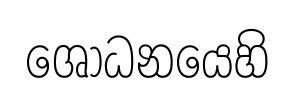
ශොධනයෙහි